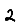
Digit: 2